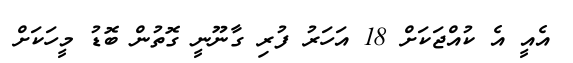
އެއީ އެ ކުއްޖަކަށް 18 އަހަރު ފުރި ގާނޫނީ ގޮތުން ބޮޑު މީހަކަށް